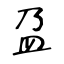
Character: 盁